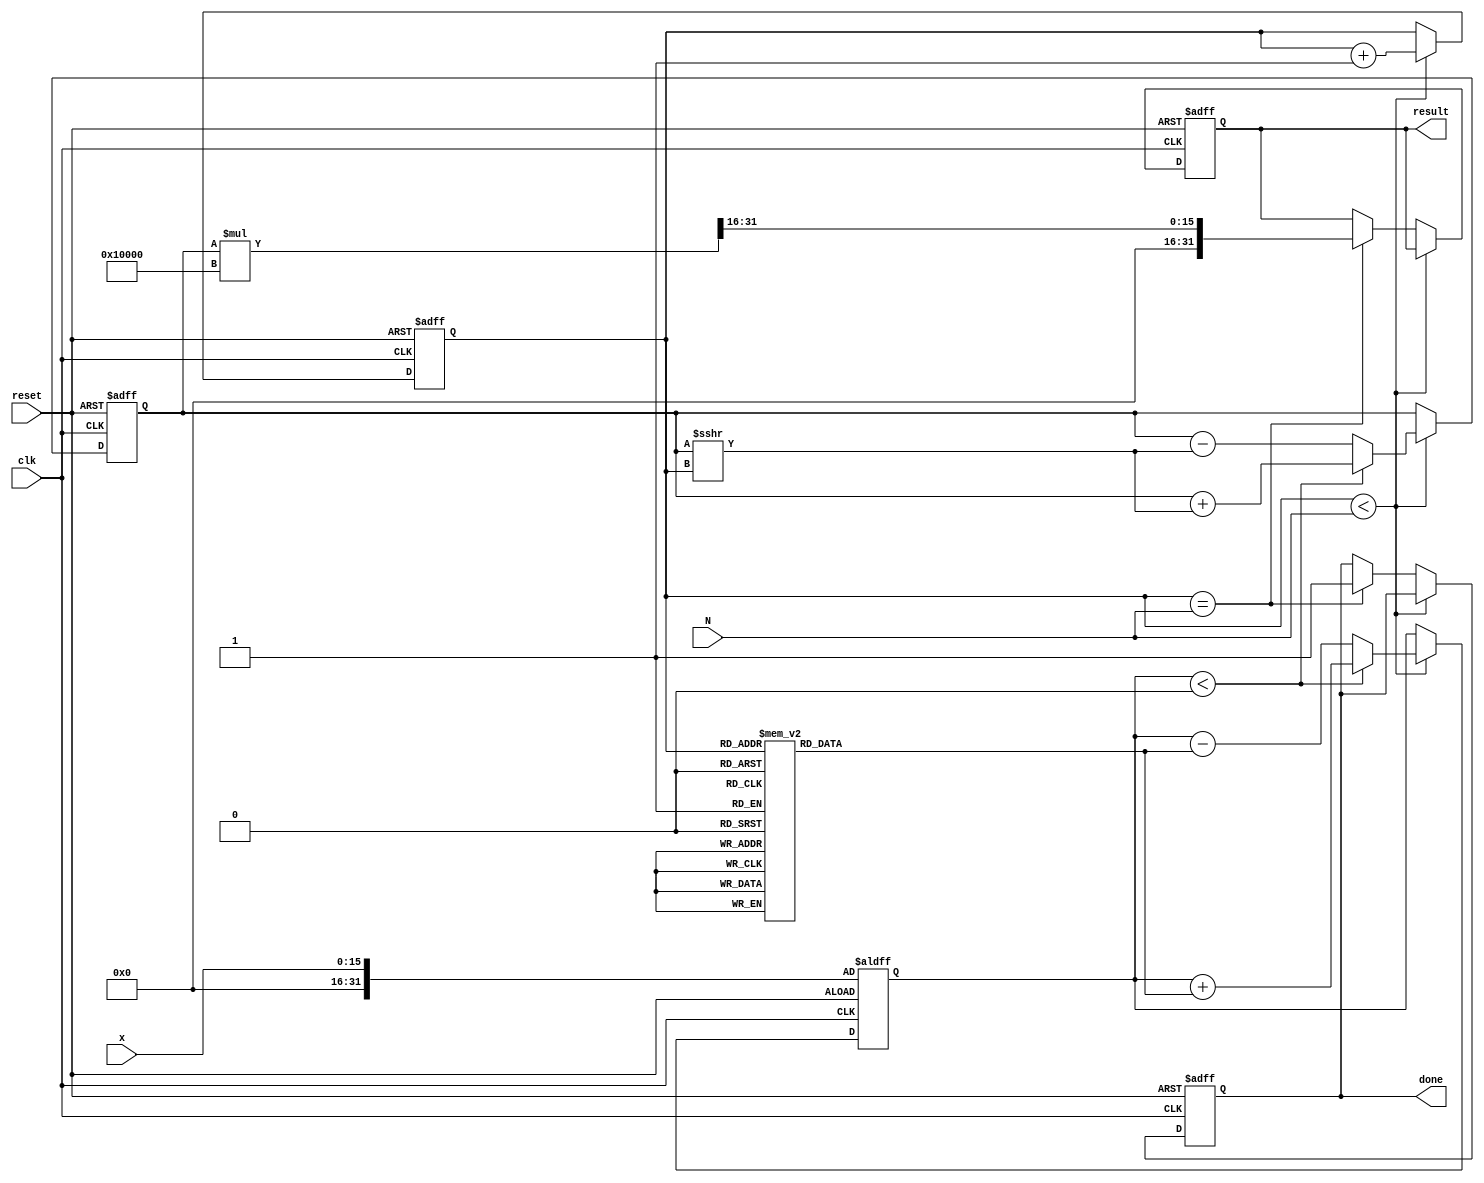
module cordic_exponential (
    input wire clk,
    input wire reset,
    input wire [15:0] x,      // Input value for e^x
    input wire [3:0] N,       // Number of iterations
    output reg [31:0] result,  // Output result for e^x
    output reg done           // Indicates completion of calculation
);

    // CORDIC constants and scaling factors
    reg [15:0] angles [0:15];  // Pre-calculated angles (in fixed-point representation)
    reg [31:0] scaling_factor;  // Scaling factor
    reg [31:0] y;               // Intermediate y value
    reg [31:0] z;               // Intermediate z value
    reg [3:0] i;                // Iteration counter

    initial begin
        // Initialize angles for 16 iterations (in fixed-point representation)
        angles[0] = 16'd0;          // atan(2^0) = 0
        angles[1] = 16'd16384;      // atan(2^-1) = 0.7854... (fixed-point)
        angles[2] = 16'd8192;       // atan(2^-2)
        angles[3] = 16'd4096;       // atan(2^-3)
        angles[4] = 16'd2048;       // atan(2^-4)
        angles[5] = 16'd1024;       // atan(2^-5)
        angles[6] = 16'd512;        // atan(2^-6)
        angles[7] = 16'd256;        // atan(2^-7)
        angles[8] = 16'd128;        // atan(2^-8)
        angles[9] = 16'd64;         // atan(2^-9)
        angles[10] = 16'd32;        // atan(2^-10)
        angles[11] = 16'd16;        // atan(2^-11)
        angles[12] = 16'd8;         // atan(2^-12)
        angles[13] = 16'd4;         // atan(2^-13)
        angles[14] = 16'd2;         // atan(2^-14)
        angles[15] = 16'd1;         // atan(2^-15)
        
        // Initialize scaling factor (approximation for 16 iterations)
        scaling_factor = 32'd65536; // 2^16
    end

    always @(posedge clk or posedge reset) begin
        if (reset) begin
            result <= 32'd0;
            done <= 1'b0;
            y <= 32'd1;           // e^0 = 1
            z <= x;              // Initialize z with input x
            i <= 4'd0;           // Start with the first iteration
        end else if (i < N) begin
            // CORDIC iteration
            if (z < 0) begin
                // Perform clockwise rotation
                y <= y + (y >>> i); // y = y + y * 2^-i
                z <= z + angles[i]; // z = z + angle
            end else begin
                // Perform counter-clockwise rotation
                y <= y - (y >>> i); // y = y - y * 2^-i
                z <= z - angles[i]; // z = z - angle
            end
            i <= i + 1; // Increment iteration counter
        end else if (i == N) begin
            // Apply scaling factor
            result <= (y * scaling_factor) >>> 16; // Scale result
            done <= 1'b1; // Indicate completion
        end
    end
endmodule